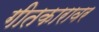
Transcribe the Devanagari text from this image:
गीतकारावर